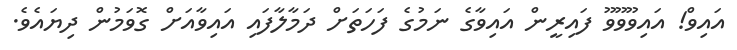
އައިވް! އައިވޫވޫވޫ ފައިރީން އައިވާގެ ނަމުގެ ފަހަތަށް ދަމާލާފައި އައިވާއަށް ގޮވަމުން ދިޔައެވެ.